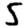
Digit: 5